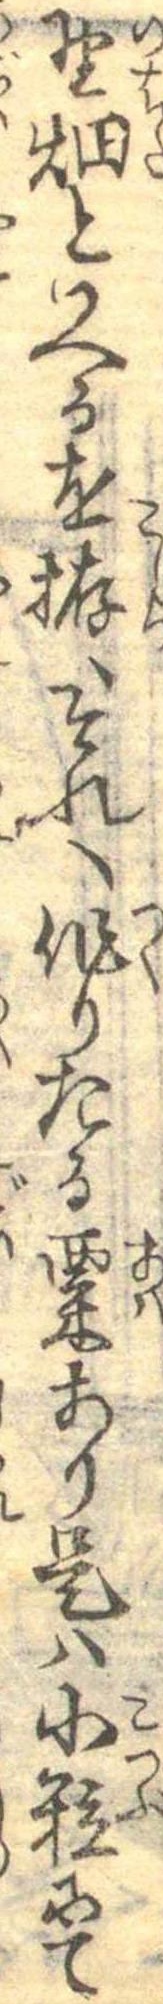
野畑といへるを拵へそれへ作りたる粟あり是は小粒にて